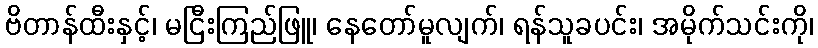
ဗိတာန်ထီးနှင့်၊ မငြီးကြည်ဖြူ၊ နေတော်မူလျက်၊ ရန်သူခပင်း၊ အမိုက်သင်းကို၊